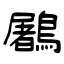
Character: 鷵